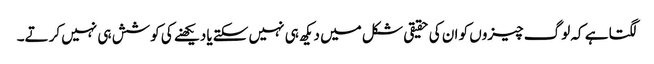
لگتا ہے کہ لوگ چیزوں کو ان کی حقیقی شکل میں دیکھ ہی نہیں سکتےیا دیکھنے کی کوشش ہی نہیں کرتے۔